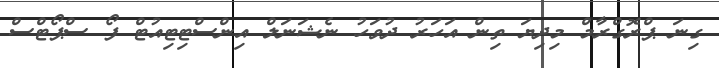
ގިނަ ޕްރޮގްރާމް މިދިޔަ ތިން އަހަރު ދުވަހު ނެޝަނަލް އިންސްޓިޓިއުޓް ފޯ ސްޕޯޓްސް